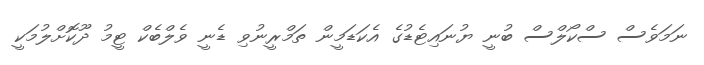
ނަމަވެސް ސްކޯލްސް ބުނީ ޔުނައިޓެޑުގެ އެކަޑަމީން ތަމްރީނުވި ޑެނީ ވެލްބެކް ޓީމު ދޫކޮށްލުމަކީ